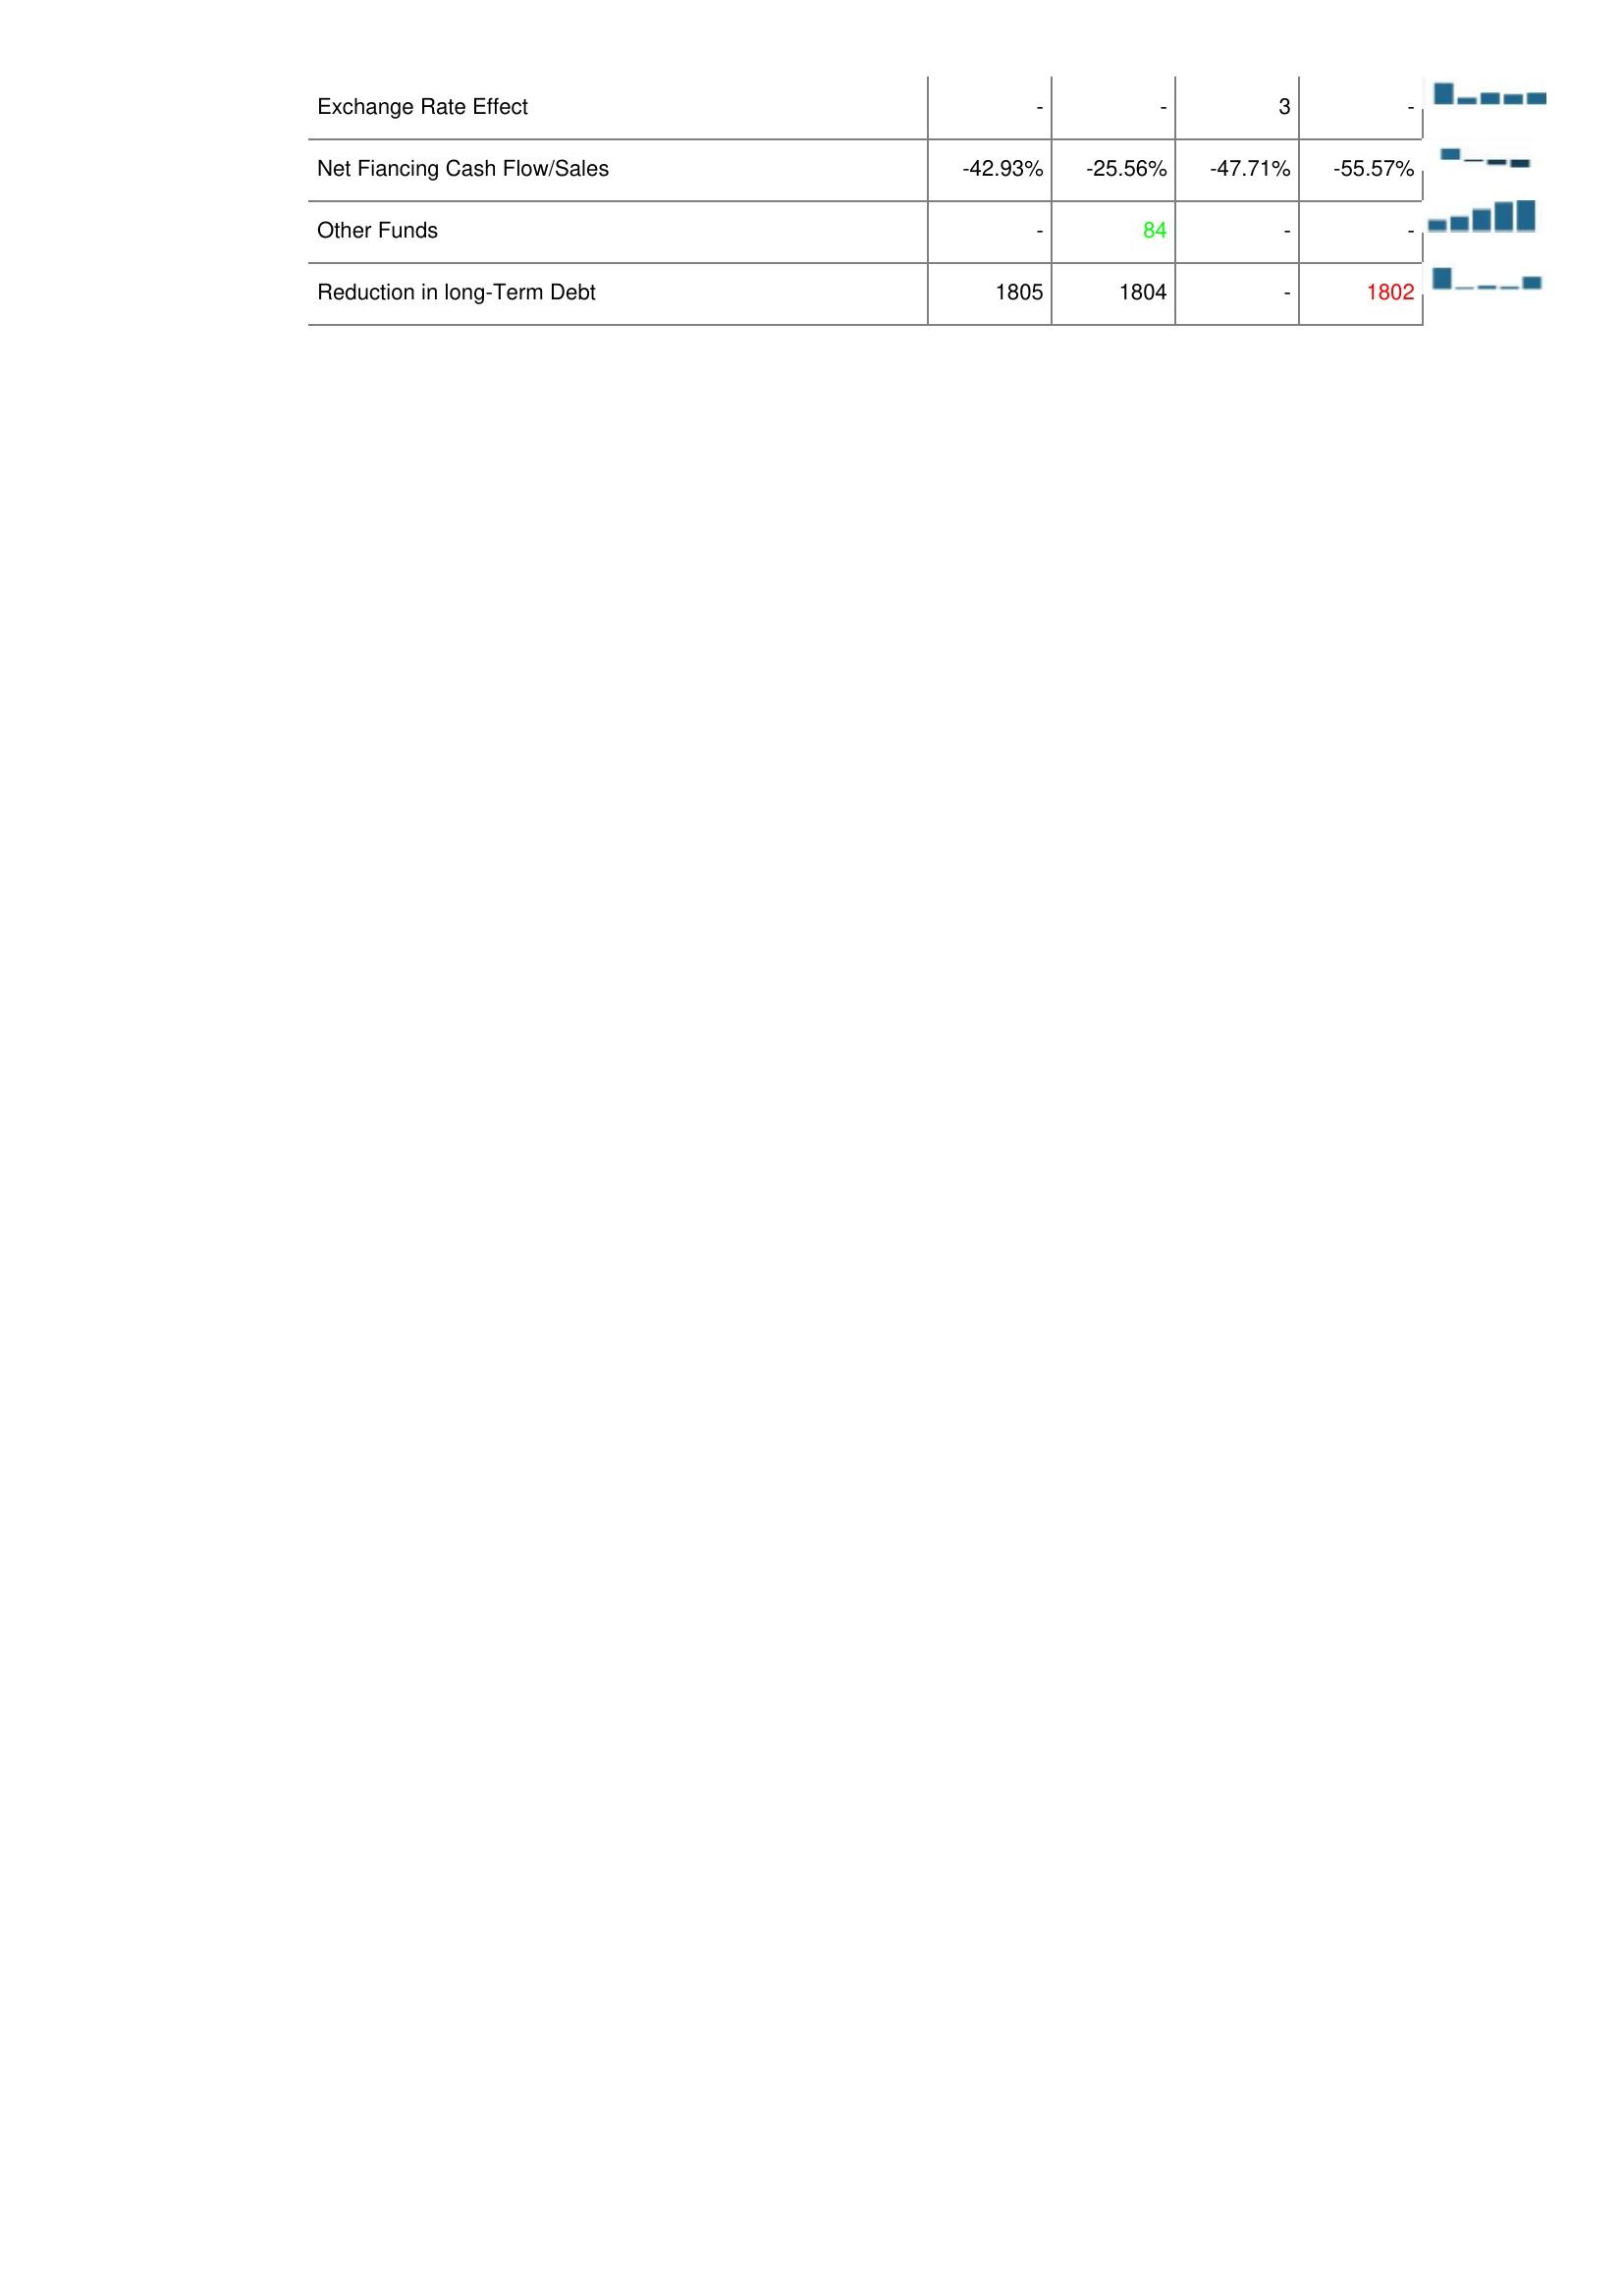
2015: Financing Activities: Exchange Rate Effect: -
Net Fiancing Cash Flow/Sales: -42.93%
Other Funds: -
Reduction in long-Term Debt: 1805
2014: Financing Activities: Exchange Rate Effect: -
Net Fiancing Cash Flow/Sales: -25.56%
Other Funds: 84
Reduction in long-Term Debt: 1804
2013: Financing Activities: Exchange Rate Effect: 3
Net Fiancing Cash Flow/Sales: -47.71%
Other Funds: -
Reduction in long-Term Debt: -
2012: Financing Activities: Exchange Rate Effect: -
Net Fiancing Cash Flow/Sales: -55.57%
Other Funds: -
Reduction in long-Term Debt: 1802